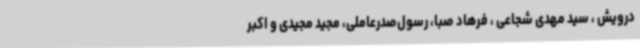
درویش ، سید مهدی شجاعی ، فرهاد صبا، رسول‌صدرعاملی، مجید مجیدی و اکبر